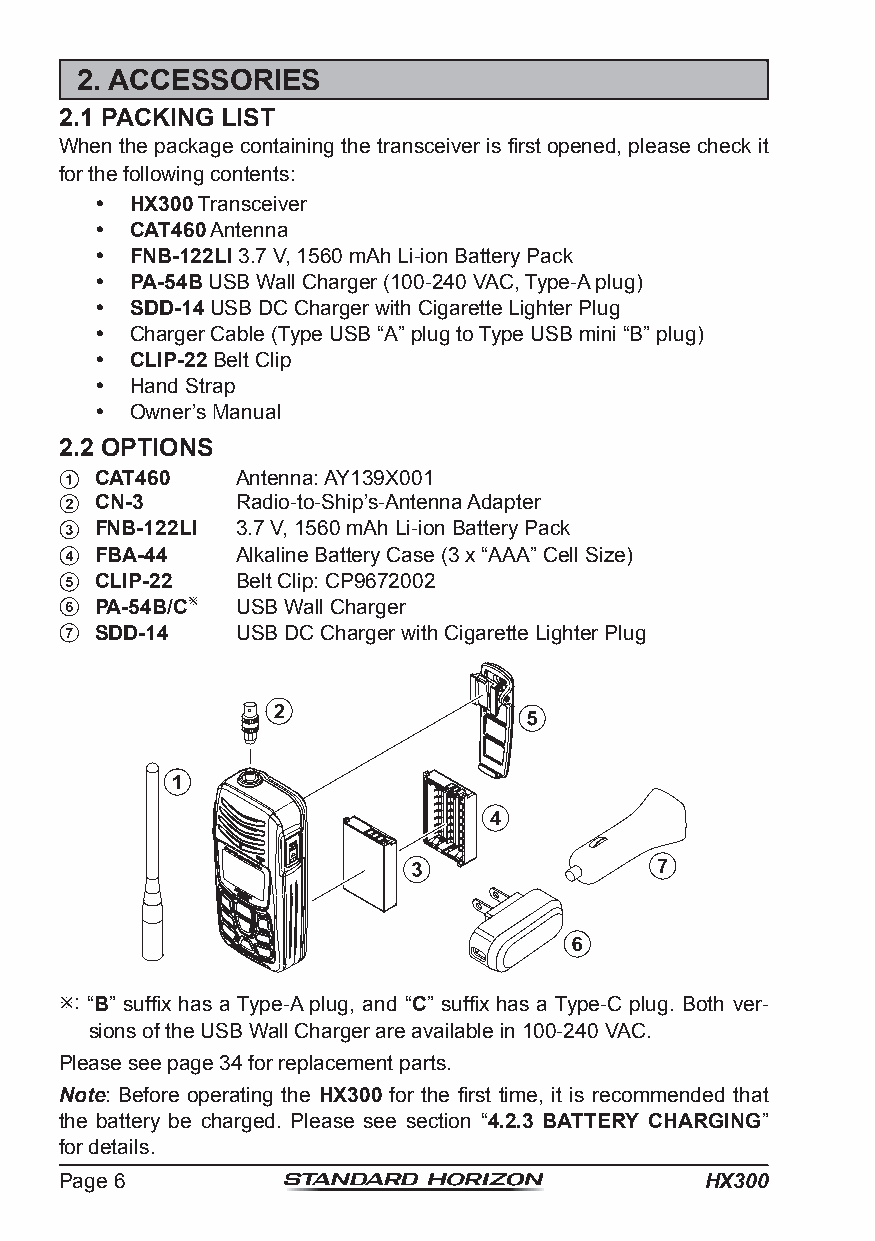
2. ACCESSORIES
 2.1 PACKING LIST
 When the package containing the transceiver is first opened, please check it
 for the following contents:
   HX300 Transceiver
   CAT460 Antenna
   FNB-122LI 3.7 V, 1560 mAh Li-ion Battery Pack
   PA-54B USB Wall Charger (100-240 VAC, Type-A plug)
   SDD-14 USB DC Charger with Cigarette Lighter Plug
   Charger Cable (Type USB “A” plug to Type USB mini “B” plug)
   CLIP-22 Belt Clip
   Hand Strap
   Owner’s Manual
 2.2 OPTIONS
 CAT460    Antenna: AY139X001
 CN-3      Radio-to-Ship’s-Antenna Adapter
 FNB-122LI 3.7 V, 1560 mAh Li-ion Battery Pack
 FBA-44    Alkaline Battery Case (3 x “AAA” Cell Size)
 CLIP-22   Belt Clip: CP9672002
 PA-54B/C USB Wall Charger
 SDD-14    USB DC Charger with Cigarette Lighter Plug
 : “B” suffix has a Type-A plug, and “C” suffix has a Type-C plug. Both ver-
 sions of the USB Wall Charger are available in 100-240 VAC.
 Please see page 34 for replacement parts.
 Note: Before operating the HX300 for the first time, it is recommended that
 the battery be charged. Please see section “4.2.3 BATTERY CHARGING”
 for details.
 Page 6                                     HX300